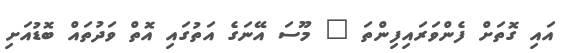
އައި ގޮތަށް ފެންވަރައިފިންތަ " މޫސަ އޭނަގެ އަތުގައި އޮތް ވަދުތައް ބޮޑުއަށި